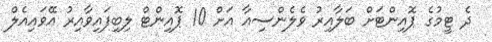
ދެ ޓީމުގެ ޕޮއިންޓަށް ބަލާއިރު ވެލެންސިއާ އަށް 10 ޕޮއިންޓް ލިބިފައިވާއިރު އޭވައިއެލް